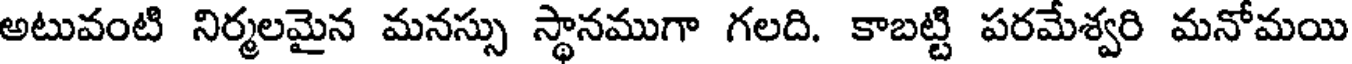
అటువంటి నిర్మలమైన మనస్సు స్థానముగా గలది. కాబట్టి పరమేశ్వరి మనోమయి